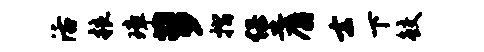
活粮璋萝摺堡麝去下鲛